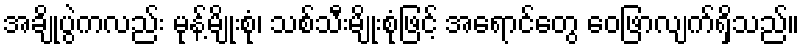
အချိုပွဲကလည်း မုန့်မျိုးစုံ၊ သစ်သီးမျိုးစုံဖြင့် အရောင်တွေ ဝေဖြာလျက်ရှိသည်။